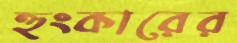
হুংকারের